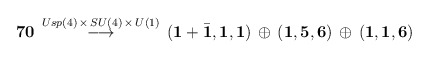
\begin{align*}{\bf 70} \, \stackrel{Usp(4) \, \times \, SU(4) \, \times \, U(1)}{\longrightarrow}\, \left( {\bf 1}+{\bar {\bf 1}},{\bf 1},{\bf 1}\right) \, \oplus\, \left( {\bf 1} ,{\bf 5},{\bf 6}\right) \, \oplus \,\left( {\bf 1} ,{\bf 1},{\bf 6}\right)\end{align*}